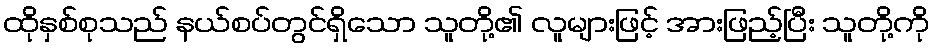
ထိုနှစ်စုသည် နယ်စပ်တွင်ရှိသော သူတို့၏ လူများဖြင့် အားဖြည့်ပြီး သူတို့ကို